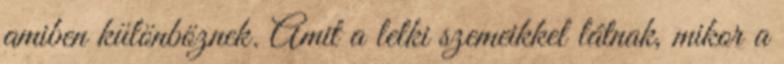
amiben különböznek. Amit a lelki szemeikkel látnak, mikor a